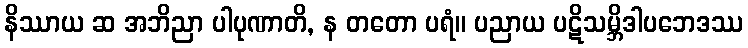
နိဿာယ ဆ အဘိညာ ပါပုဏာတိ, န တတော ပရံ။ ပညာယ ပဋိသမ္ဘိဒါပဘေဒဿ